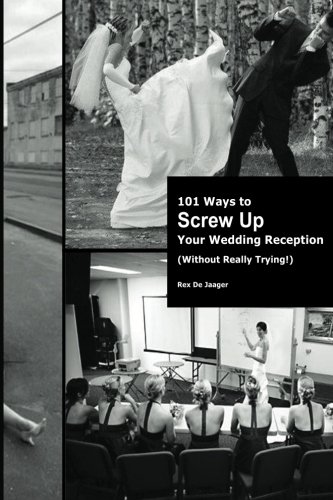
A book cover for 101 Ways To Screw Up Your Wedding Reception (Without Really Trying) (Volume 1); Mr. Rex DeJaager; Crafts, Hobbies & Home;